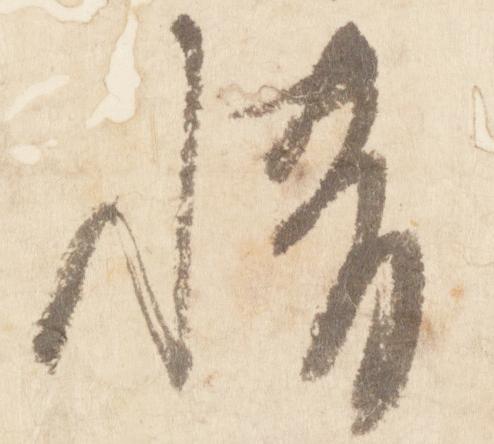
情